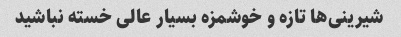
شیرینی‌ها تازه و خوشمزه بسیار عالی خسته نباشید